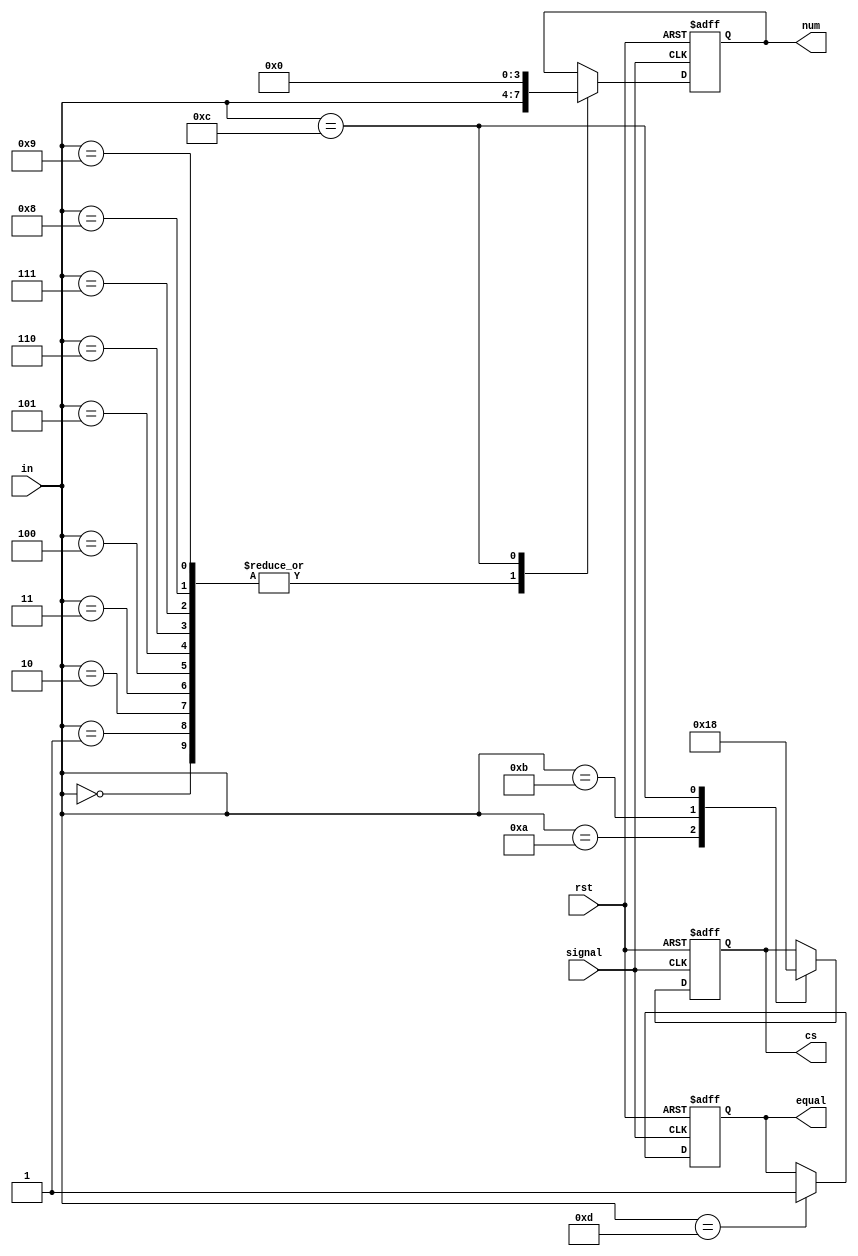
module prepare(in,rst,signal,num,cs,equal);

input[3:0] in;
input signal,rst;
output reg[3:0]num;
output reg[1:0]cs;
output reg equal;

always@(posedge signal or negedge rst)
    begin
	     if(!rst)
		      begin
                num<=0;
					 cs<=0;
					 equal<=0;
				end
		  else if(signal==1)
		      case(in)
				    0:begin num<=in; end
					 1:begin num<=in; end
					 2:begin num<=in; end
					 3:begin num<=in; end
					 4:begin num<=in; end
					 5:begin num<=in; end
					 6:begin num<=in; end
					 7:begin num<=in; end
					 8:begin num<=in; end
					 9:begin num<=in; end
					 10:begin cs<=1; end
					 11:begin cs<=2; end
					 12:begin num<=0;cs<=0; end
					 13:begin equal<=1; end
					 default: begin  num<=num;cs<=cs; end
            endcase
    end
	 
endmodule